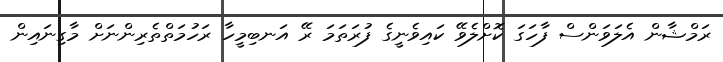
ރަމްޝާން އެލަވަންސް ފާހަގަ ކޮށްލެވޭ ކައިވެނީގެ ފުރަތަމަ ރޭ އަނބިމީހާ ރަހުމަތްތެރިންނަށް މާގިނައިން